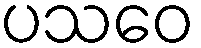
ပသဝေ